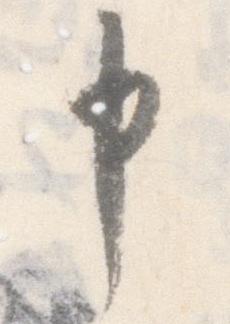
申